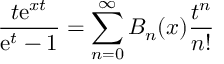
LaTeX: { \frac { t \mathrm { e } ^ { x t } } { \mathrm { e } ^ { t } - 1 } } = \sum _ { n = 0 } ^ { \infty } B _ { n } ( x ) { \frac { t ^ { n } } { n ! } }